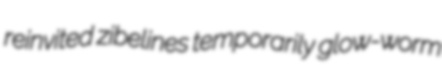
reinvited zibelines temporarily glow-worm